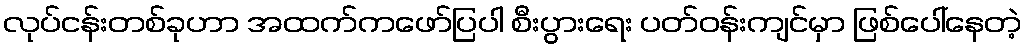
လုပ်ငန်းတစ်ခုဟာ အထက်ကဖော်ပြပါ စီးပွားရေး ပတ်ဝန်းကျင်မှာ ဖြစ်ပေါ်နေတဲ့